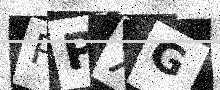
Text: PPXG